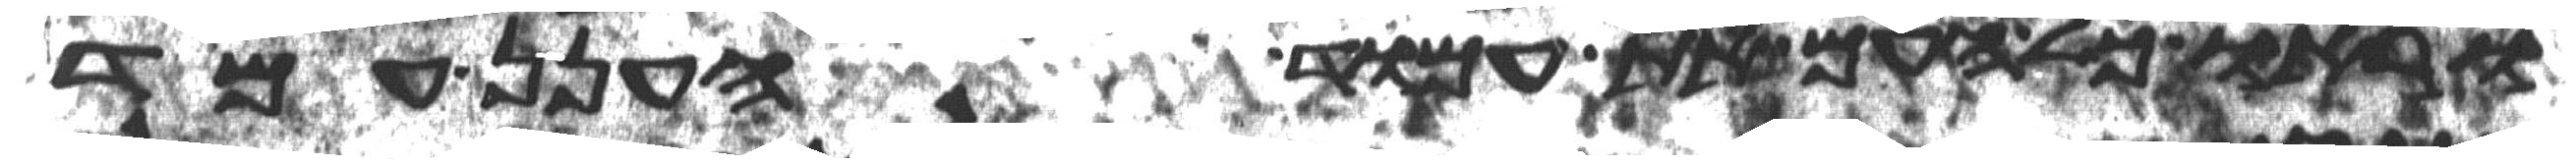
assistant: וראו כל העם את עמוד הענן עמד